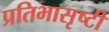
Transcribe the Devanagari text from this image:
प्रतिभासृष्टी